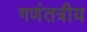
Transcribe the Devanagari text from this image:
गणंतत्रीय